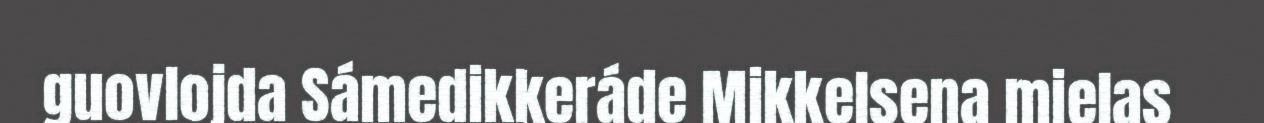
guovlojda Sámedikkeráde Mikkelsena mielas